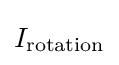
I_{\text{rotation}}